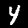
Digit: 4